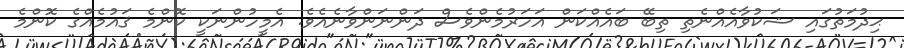
ޙިދުމަތުގައި ޝަކުވާއެއްނެތި ތިބޭ ބައެއްކަން އަހަރުމެންވެސް ދަންނަންވާނެއެވެ. އެމީހުންނަކީ ކޮންމެ ޤައުމެއްގެ ކޮންމެ